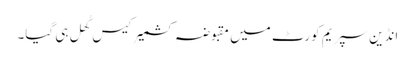
انڈین سپریم کورٹ میں مقبوضہ کشمیر کیس کُھل ہی گیا۔